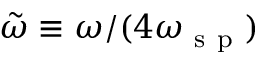
\tilde { \omega } \equiv \omega / ( 4 \omega _ { \mathrm { ~ s ~ p ~ } } )